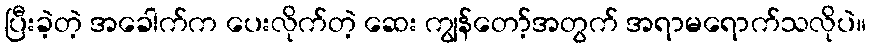
ပြီးခဲ့တဲ့ အခေါက်က ပေးလိုက်တဲ့ ဆေး ကျွန်တော့်အတွက် အရာမရောက်သလိုပဲ။